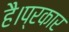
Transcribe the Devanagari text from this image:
है।प्रकार